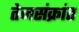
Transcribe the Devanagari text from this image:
तेजसंक्रांत